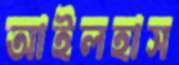
আইলহাস